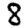
Digit: 8